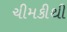
ચીમકીથી